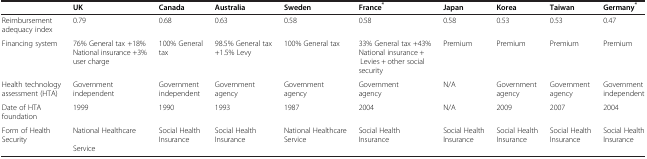
|  | UK | Canada | Australia | Sweden | France* | Japan | Korea | Taiwan | Germany* |
 | --- | --- | --- | --- | --- | --- | --- | --- | --- | --- |
 | Reimbursement adequacy index | 0.79 | 0.68 | 0.63 | 0.58 | 0.58 | 0.58 | 0.53 | 0.53 | 0.47 |
 | Financing system | 76% General tax +18% National insurance +3% user charge | 100% General tax | 98.5% General tax +1.5% Levy | 100% General tax | 33% General tax +43% National insurance + Levies + other social security | Premium | Premium | Premium | Premium |
 | Health technology assessment (HTA) | Government independent | Government independent | Government agency | Government agency | Government agency | N/A | Government agency | Government agency | Government independent |
 | Date of HTA foundation | 1999 | 1990 | 1993 | 1987 | 2004 | N/A | 2009 | 2007 | 2004 |
 | Form of Health Security | National Healthcare Service | Social Health Insurance | Social Health Insurance | National Healthcare Service | Social Health Insurance | Social Health Insurance | Social Health Insurance | Social Health Insurance | Social Health Insurance |